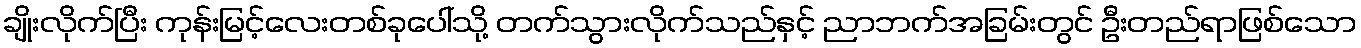
ချိုးလိုက်ပြီး ကုန်းမြင့်လေးတစ်ခုပေါ်သို့ တက်သွားလိုက်သည်နှင့် ညာဘက်အခြမ်းတွင် ဦးတည်ရာဖြစ်သော